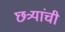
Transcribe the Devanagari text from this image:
छत्र्यांची